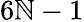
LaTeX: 6\mathbb{N}-1